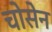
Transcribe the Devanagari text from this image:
चोसेन